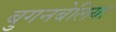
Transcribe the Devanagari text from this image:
बुगनबेलिया